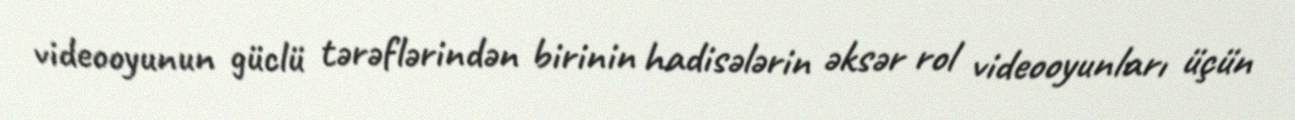
videooyunun güclü tərəflərindən birinin hadisələrin əksər rol videooyunları üçün